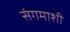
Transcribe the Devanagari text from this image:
संगमाशी